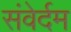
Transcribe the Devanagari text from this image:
संवेर्दम